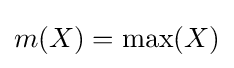
m(X)=\max(X)